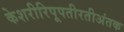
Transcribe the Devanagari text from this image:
केशरीरिपूपतीरतीअंतक